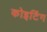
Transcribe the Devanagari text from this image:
कोइटिंग